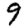
Digit: 9